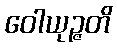
ဝေါယုဉ္ဇတိ